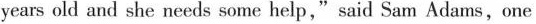
years old and she needs some help," said Sam Adams, one